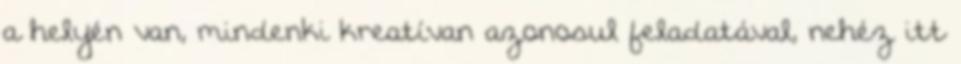
a helyén van, mindenki kreatívan azonosul feladatával, nehéz itt